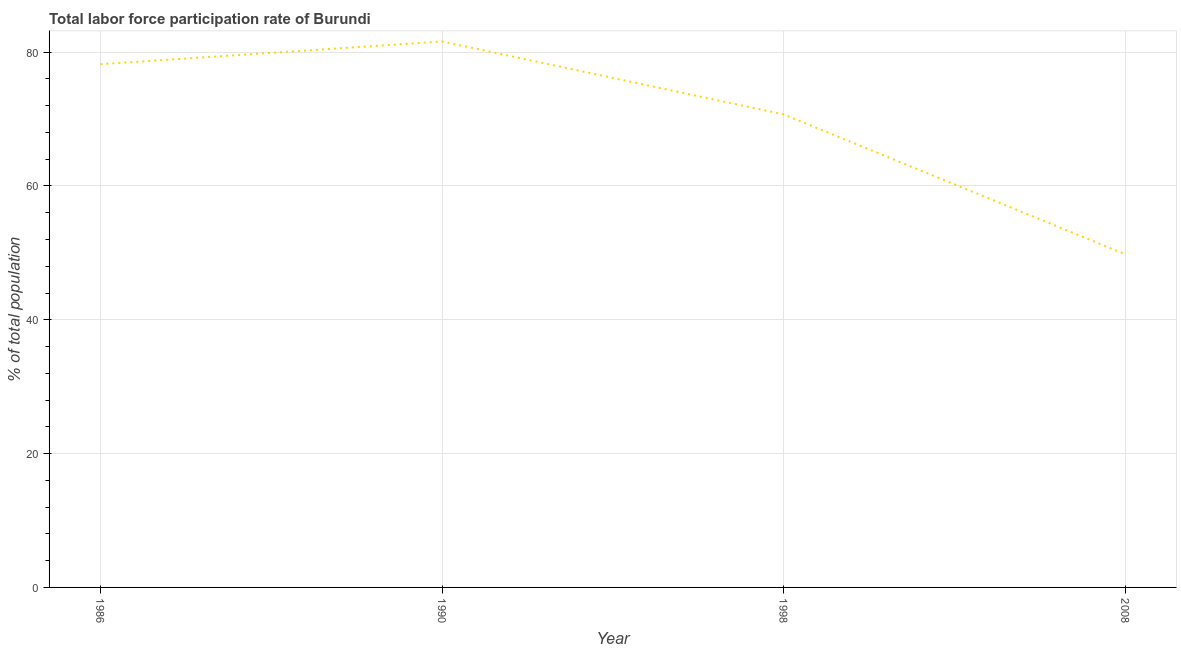
| Year | Labor force participation rate for ages 15-24 total |
 | --- | --- |
 | 1986 | 78.2 |
 | 1990 | 81.6 |
 | 1998 | 70.7 |
 | 2008 | 49.8 |